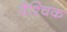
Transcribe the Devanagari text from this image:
वैश्चिक